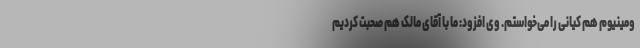
ومینیوم هم کیانی را می‌خواستم. وی افزود: ما با آقای مالک هم صحبت کردیم